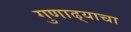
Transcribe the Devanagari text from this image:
गुणाढ्याचा